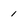
Character: 1